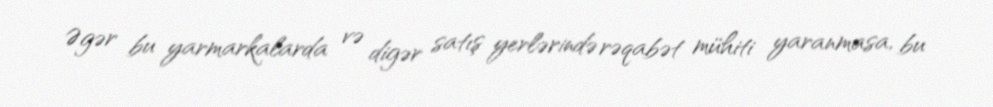
Əgər bu yarmarkalarda və digər satış yerlərində rəqabət mühiti yaranmasa, bu